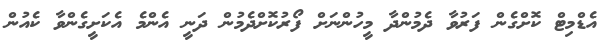
އެޑްމިޓް ކޮށްގެން ފަރުވާ ދެމުންދާ މީހުންނަށް ފޯރުކޮށްދެމުން ދަނީ އެންމެ އެކަށީގެންވާ ކެއުން